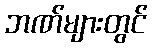
ဘဏ်များတွင်